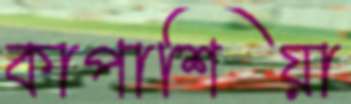
কাপাশিয়া